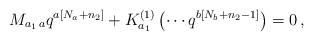
LaTeX: \begin{align*}M_{a_{1}\,a}q^{a\left[ N_{a}+n_{2}\right] }+K_{a_{1}}^{\left( 1\right)}\left( \cdots q^{b\left[ N_{b}+n_{2}-1\right] }\right) =0\,, \end{align*}